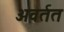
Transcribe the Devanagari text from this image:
अवर्तत